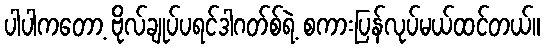
ပါပါကတော့ ဗိုလ်ချုပ်ပရင်ဒါဂတ်စ်ရဲ့ စကားပြန်လုပ်မယ်ထင်တယ်။